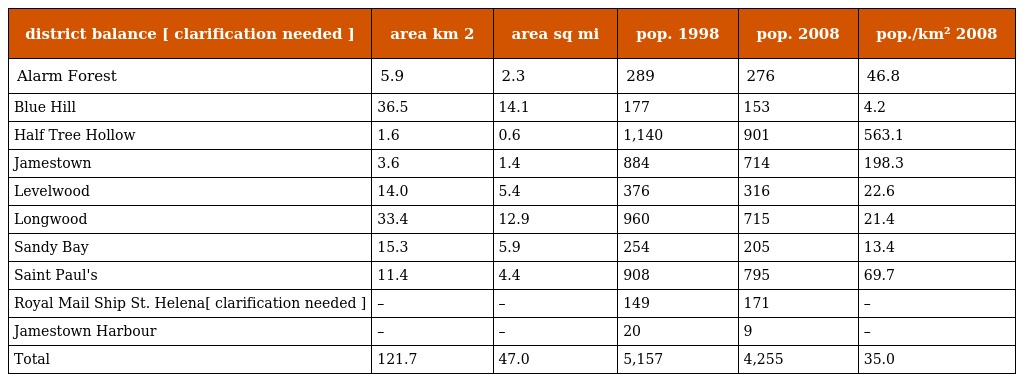
| district balance [ clarification needed ] | area km 2 | area sq mi | pop. 1998 | pop. 2008 | pop./km² 2008 |
 | --- | --- | --- | --- | --- | --- |
 | Alarm Forest | 5.9 | 2.3 | 289 | 276 | 46.8 |
 | Blue Hill | 36.5 | 14.1 | 177 | 153 | 4.2 |
 | Half Tree Hollow | 1.6 | 0.6 | 1,140 | 901 | 563.1 |
 | Jamestown | 3.6 | 1.4 | 884 | 714 | 198.3 |
 | Levelwood | 14.0 | 5.4 | 376 | 316 | 22.6 |
 | Longwood | 33.4 | 12.9 | 960 | 715 | 21.4 |
 | Sandy Bay | 15.3 | 5.9 | 254 | 205 | 13.4 |
 | Saint Paul's | 11.4 | 4.4 | 908 | 795 | 69.7 |
 | Royal Mail Ship St. Helena[ clarification needed ] | – | – | 149 | 171 | – |
 | Jamestown Harbour | – | – | 20 | 9 | – |
 | Total | 121.7 | 47.0 | 5,157 | 4,255 | 35.0 |